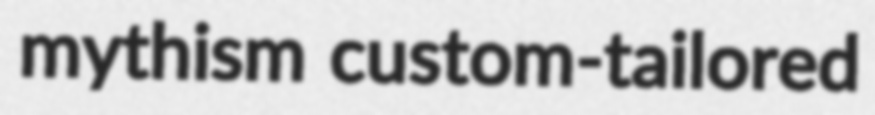
mythism custom-tailored